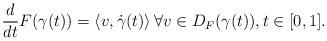
LaTeX: \begin{align*}\frac{d}{d t} F(\gamma(t)) = \left\langle v, \dot{\gamma}(t) \right\rangle\forall v \in D_F(\gamma(t)), t \in [0,1].\end{align*}